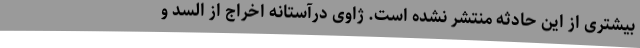
بیشتری از این حادثه منتشر نشده است. ژاوی درآستانه اخراج از السد و